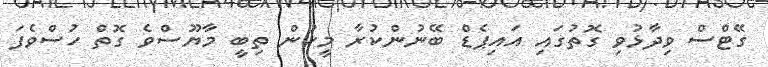
ގޭޓްސް ވިދާޅުވި ގޮތުގައި އައިޕެޑް ބޭނުންކުރާ މީހުން ތިބީ މާޔޫސްވެ ގޮތް ހުސްވެފަ